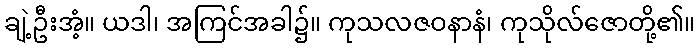
ချဲ့ဦးအံ့။ ယဒါ၊ အကြင်အခါ၌။ ကုသလဇဝနာနံ၊ ကုသိုလ်ဇောတို့၏။